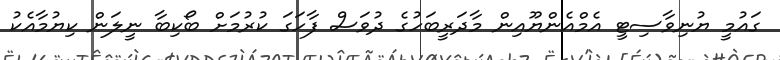
ގައުމީ ޔުނިވާސިޓީ އެމްއެންޔޫއިން މާދަރީބަހުގެ ދުވަސް ފާހަގަ ކުރުމަށް ބޯކިބާ ނީލަން ކިޔުމާއެކު